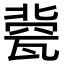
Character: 㼱